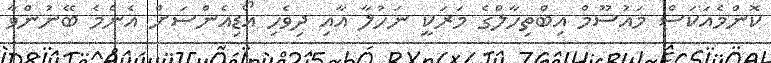
ކޮންމެއަކަސް މައުސޫމް އިބްތިހާލްގެ މަރަކީ ނަހުލާ އާއި ދިވެހި އޯޑިއެންސަށް އެންމެ ބޭނުންވާ